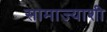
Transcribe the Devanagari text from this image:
सामाज्याशी